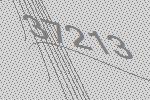
37213